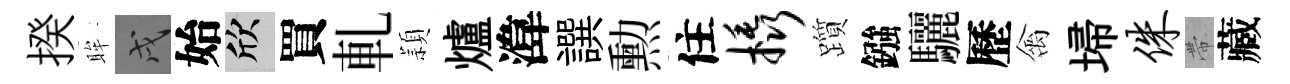
揆眸戌始欣買軋頴爐湋譔勲住橇躓鏹驪歷禽埽侏帶藏